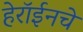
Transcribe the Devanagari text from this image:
हेरॉईनचे